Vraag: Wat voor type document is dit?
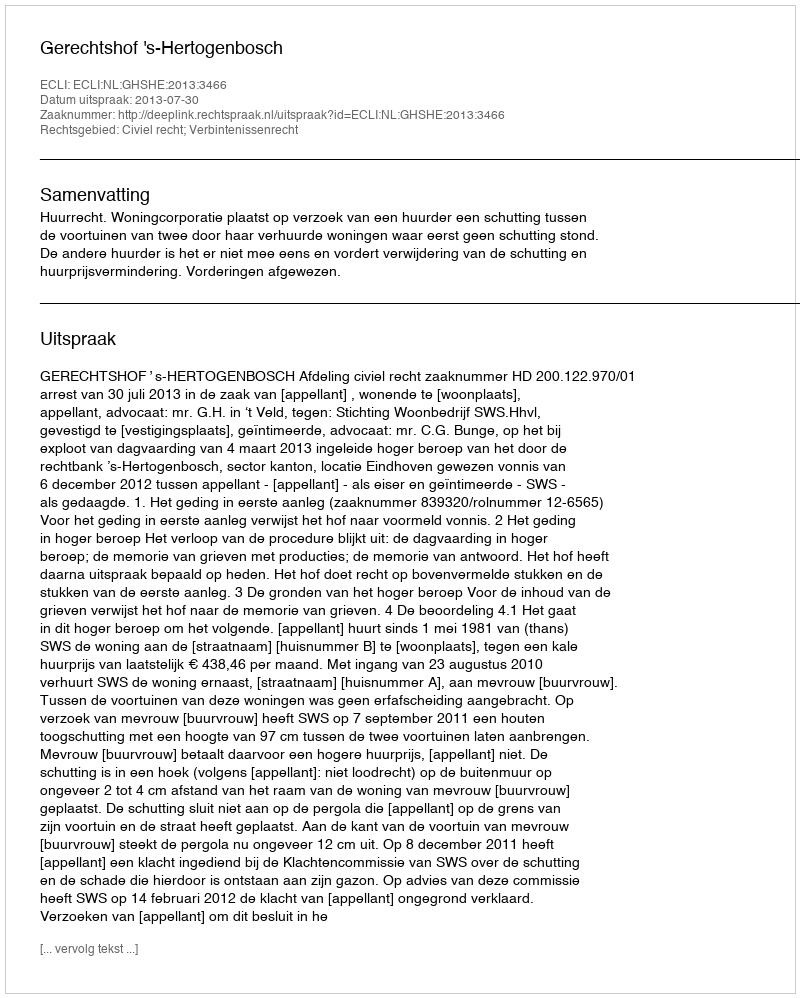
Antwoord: Uitspraak